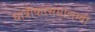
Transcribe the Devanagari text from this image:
धात्रीकरसमालम्बी